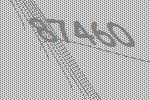
87460